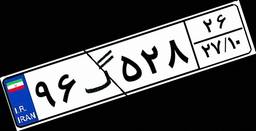
۳۰گ۶۷۰۸۳